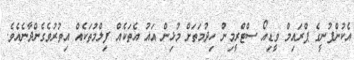
އެކުންފުނީގެ ޕްރައިމް ވީޑިއޯ ސްޓްރީމިން ހިދުމަތަށް މުޅިން އައު އެތަކެއް ފިލްމުތަކެއް އިތުރުވެގެންދާނެއެވެ.